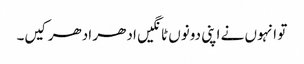
تو انہوں نے اپنی دونوں ٹانگیں ادھر ادھر کیں۔